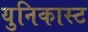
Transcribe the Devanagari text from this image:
युनिकास्ट